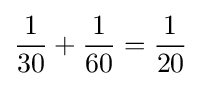
{\frac {1}{30}}+{\frac {1}{60}}={\frac {1}{20}}